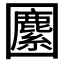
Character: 𡈷